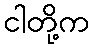
ငါတို့က